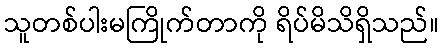
သူတစ်ပါးမကြိုက်တာကို ရိပ်မိသိရှိသည်။